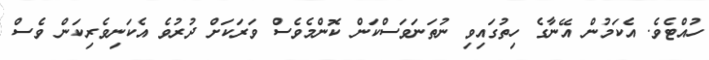
ހުއްޓެވެ. އެކަމުން އޭނާގެ ހިތުގައިވި ނުތަނަވަސްކަން ކޮންމެވެސް ވަރަކަށް ދުރުވެ އެކަނިވެރިކަން ވެސް